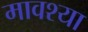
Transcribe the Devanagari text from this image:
मावश्या